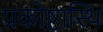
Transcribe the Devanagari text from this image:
प्रकोष्ठास्थि